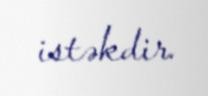
istəkdir.